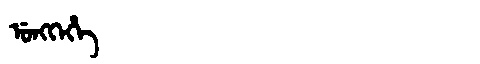
Manchu: ᡠᠩᡴᡝᡥᡝ
Romanization: UNGKEHE